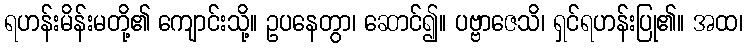
ရဟန်းမိန်းမတို့၏ ကျောင်းသို့။ ဥပနေတွာ၊ ဆောင်၍။ ပဗ္ဗာဇေသိ၊ ရှင်ရဟန်းပြု၏။ အထ၊